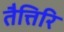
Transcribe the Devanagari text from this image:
तैत्तिरि